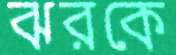
ঝরকে